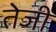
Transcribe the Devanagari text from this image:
तेेजी